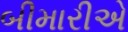
બીમારીએ